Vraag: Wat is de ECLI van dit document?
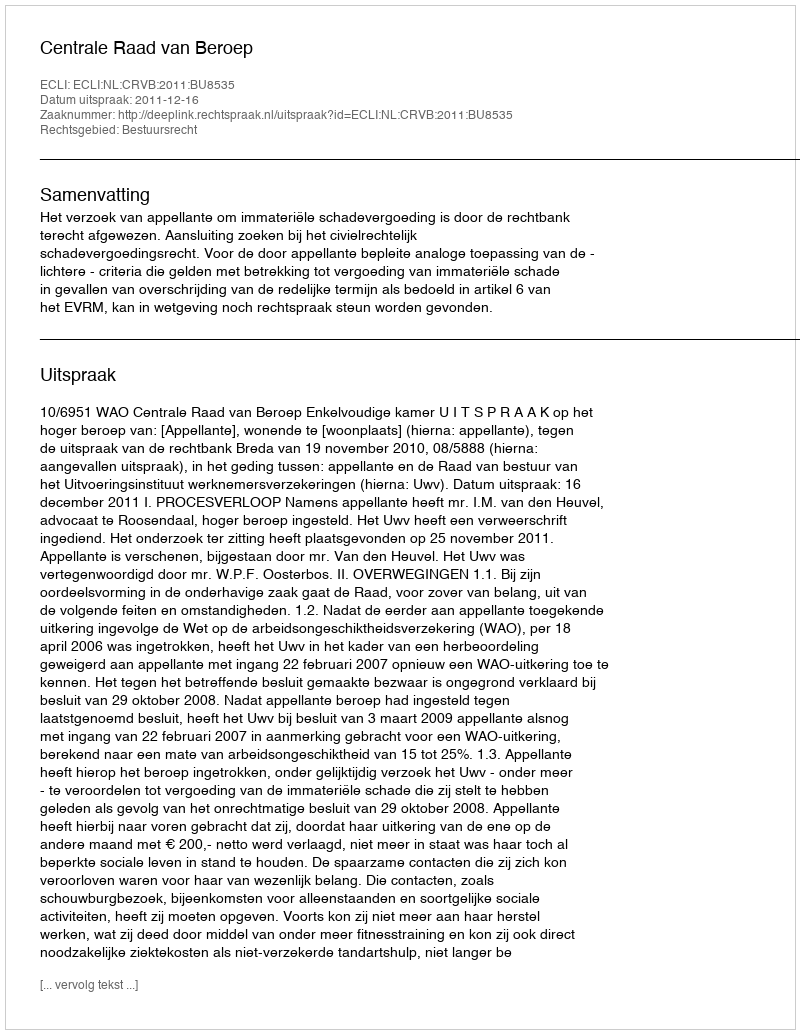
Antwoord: ECLI:NL:CRVB:2011:BU8535